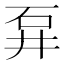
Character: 𱳭